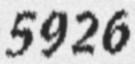
5926